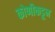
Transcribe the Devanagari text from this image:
कोणीकडून